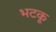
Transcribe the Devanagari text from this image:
भटकू